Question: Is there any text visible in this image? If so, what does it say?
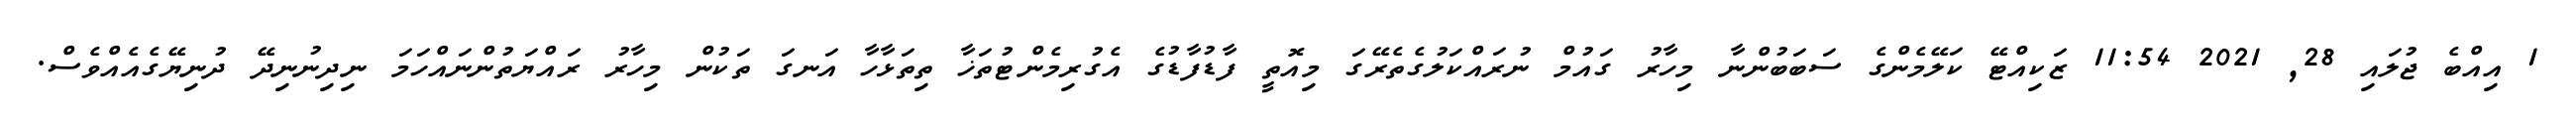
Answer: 1 އިއްބެ ޖުލައި 28, 2021 11:54 ޒަކިއްޓޭ ކަލޭމެންގެ ސަބަބުންނާ މިހާރު ގައުމް ނުރައްކަލުގެތެރޭގަ މިއޮތީ ފާޑުފާޑުގެ އެގުރިމެންޓުތަޚާ ތިތަޅާހާ އަނގަ ތަކުން މިހާރު ރައްޔަތުންނައްހަމަ ނިދިނުނިދޭ ދުނިޔޭގެއެއްވެސް.